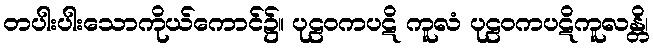
တပါးပါးသောကိုယ်ကောင်၌။ ပုဠဝကပဋိ ကူလံ ပုဠဝကပဋိကူလန္တိ၊